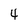
Character: 4